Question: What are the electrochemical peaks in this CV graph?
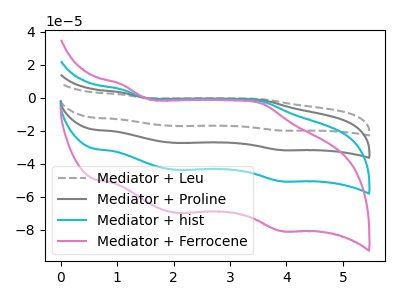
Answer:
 <answer>The gray dashed curve "Mediator + Leu" has anodic peaks at (1.10V, 15.15uA) (3.55V, -6.65uA) and cathodic peaks at (2.05V, -130.90uA) (3.90V, -151.60uA). The gray curve "Mediator + Proline" has anodic peaks at (1.10V, 10.10uA) (3.55V, -4.45uA) and cathodic peaks at (2.05V, -87.25uA) (3.90V, -101.05uA). The cyan curve "Mediator + hist" has anodic peaks at (1.10V, 5.05uA) (3.55V, -2.20uA) and cathodic peaks at (2.05V, -43.65uA) (3.90V, -50.55uA). The pink curve "Mediator + Ferrocene" has anodic peaks at (1.10V, 8.05uA) (3.55V, -3.55uA) and cathodic peaks at (2.05V, -69.60uA) (3.90V, -80.65uA).</answer>
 <eval></eval>